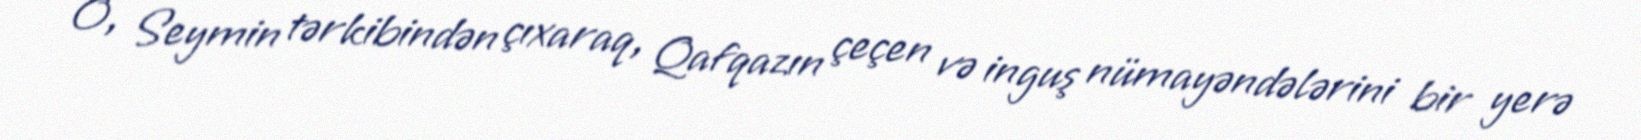
O, Seymin tərkibindən çıxaraq, Qafqazın çeçen və inguş nümayəndələrini bir yerə